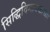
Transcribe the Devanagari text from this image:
सिद्धिविनायकाच्या